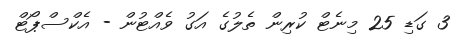
3 ގަޑި 25 މިނެޓް ކުރިން ތެލުގެ އަގު ވެއްޓުން - އެކްސްޕޯޓް